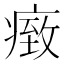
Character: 𤸓